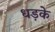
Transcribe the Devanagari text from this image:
धड़के